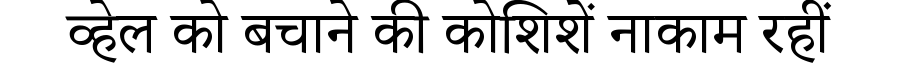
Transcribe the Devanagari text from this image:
व्हेल को बचाने की कोशिशें नाकाम रहीं